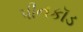
પીનકૉડ